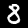
Label: 8